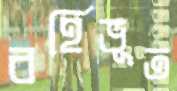
বর্হিভূত